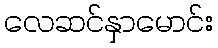
လေဆင်နှာမောင်း